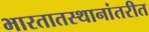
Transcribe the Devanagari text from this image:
भारतातस्थानांतरीत